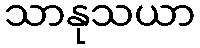
သာနုသယာ